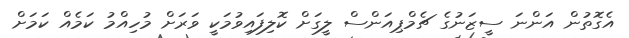
އެގޮތުން އަންނަ ސީޒަނުގެ ޗެމްޕިއަންސް ލީގަށް ކޮލިފައިވުމަކީ ވަރަށް މުހިއްމު ކަމެއް ކަމަށް